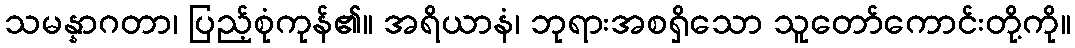
သမန္နာဂတာ၊ ပြည့်စုံကုန်၏။ အရိယာနံ၊ ဘုရားအစရှိသော သူတော်ကောင်းတို့ကို။